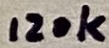
Text: 120k